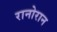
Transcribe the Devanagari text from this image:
रानोरान